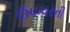
ઉપકારની